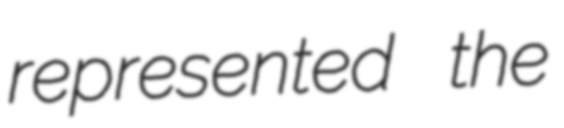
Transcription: represented the